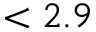
< 2 . 9